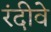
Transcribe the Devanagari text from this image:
रंदीवे